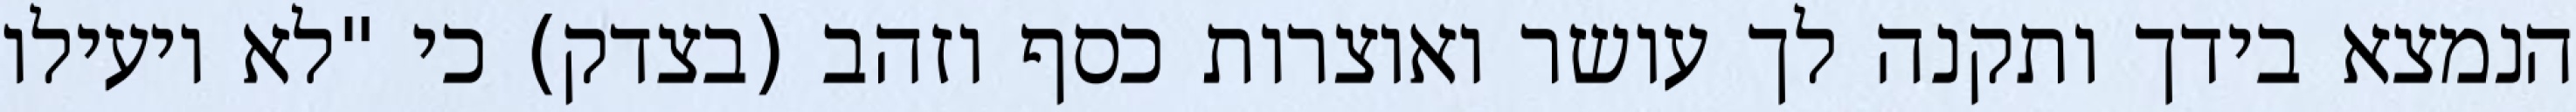
הנמצא בידך ותקנה לך עושר ואוצרות כסף וזהב (בצדק) כי "לא יועילו